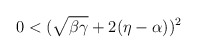
\begin{align*}0<(\sqrt{\beta\gamma}+2(\eta-\alpha))^2\end{align*}